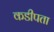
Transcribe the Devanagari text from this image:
कडीपता